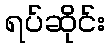
ရပ်ဆိုင်း